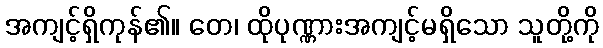
အကျင့်ရှိကုန်၏။ တေ၊ ထိုပုဏ္ဏားအကျင့်မရှိသော သူတို့ကို